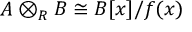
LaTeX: A \otimes _ { R } B \cong B [ x ] / f ( x )